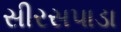
સીરસપાડા